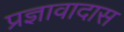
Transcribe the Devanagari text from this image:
प्रज्ञावादास